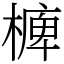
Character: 㯅